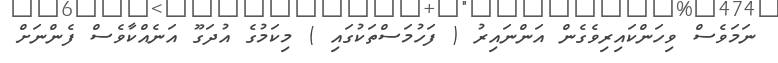
ނަމަވެސް ވިހަންކައިރިވެގެން އަންނައިރު ( ފަހުމަސްތަކުގައި ) މިކަމުގެ އުދަގޫ އަނެއްކާވެސް ފެންނަށް